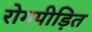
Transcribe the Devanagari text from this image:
रोगपीड़ित